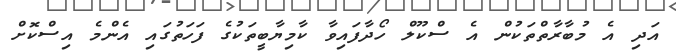
އަދި އެ މުބާރާތްތަކުން އެ ސްކޫލް ހޯދާފައިވާ ކާމިޔާބީތަކުގެ ފަހަތުގައި އެންމެ އިސްކޮށް